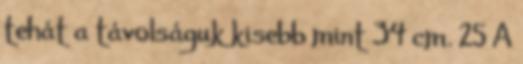
tehát a távolságuk kisebb mint 34 cm. 25 A